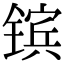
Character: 镔